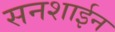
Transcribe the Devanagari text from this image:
सनशाईन